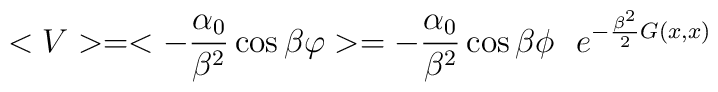
< V > = < - {\alpha_0 \over \beta^2} \cos \beta \varphi > =  - {\alpha_0 \over \beta^2} \cos \beta \phi~~ e^{- {\beta^2 \over 2}G(x,x)}